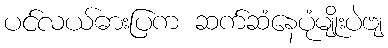
ပင်လယ်ဓားပြက ဆက်ဆံနေပုံမျိုးပဲဗျ